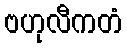
ဗဟုလီကတံ